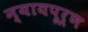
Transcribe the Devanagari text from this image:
न्‍यायपूर्ण